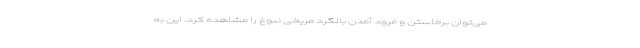
می‌توان برخاستن و فرود آمدن بالگرد مریخی نبوغ را مشاهده کرد. این به